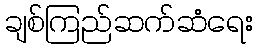
ချစ်ကြည်ဆက်ဆံရေး